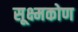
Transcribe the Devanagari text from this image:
सूक्ष्मकोण